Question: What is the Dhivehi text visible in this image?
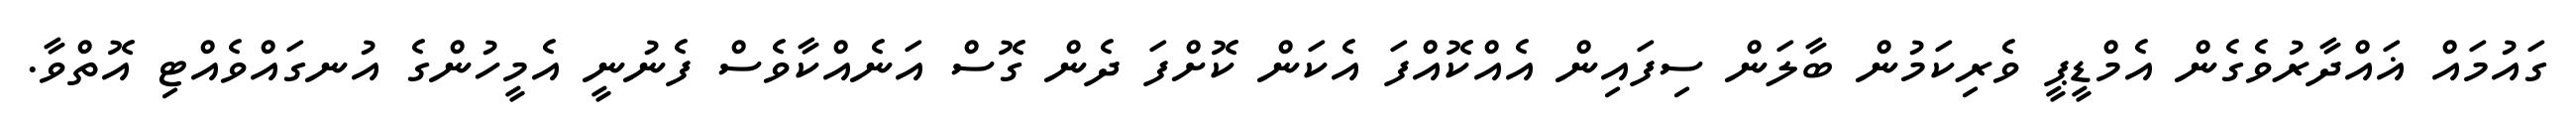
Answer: ގައުމައް ޣައްދާރުވެގެން އެމްޑީޕީ ވެރިކަމުން ބާލަން ސިފައިން އެއްކޮއްފަ އެކަން ކޮށްފަ ދެން ގޮސް އަނެއްކާވެސް ފެނުނީ އެމީހުންގެ އުނގައްވެއްޓި އޮތްވާ.